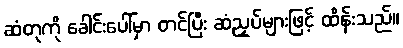
ဆံတုကို ခေါင်းပေါ်မှာ တင်ပြီး ဆံညှပ်များဖြင့် ထိန်းသည်။